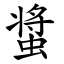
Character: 螀